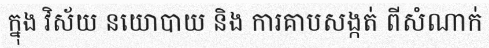
ក្នុង វិស័យ នយោបាយ និង ការគាបសង្កត់ ពីសំណាក់